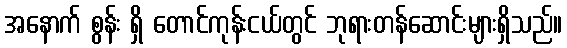
အနောက် စွန်း ရှိ တောင်ကုန်းငယ်တွင် ဘုရားတန်ဆောင်းများရှိသည်။